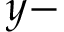
y -